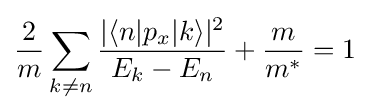
{\frac {2}{m}}\sum _{k\neq n}{\frac {|\langle n|p_{x}|k\rangle |^{2}}{E_{k}-E_{n}}}+{\frac {m}{m^{*}}}=1